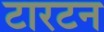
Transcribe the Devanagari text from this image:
टारटन